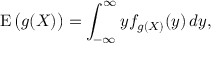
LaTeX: \operatorname { E } { \big ( } g ( X ) { \big ) } = \int _ { - \infty } ^ { \infty } y f _ { g ( X ) } ( y ) \, d y ,